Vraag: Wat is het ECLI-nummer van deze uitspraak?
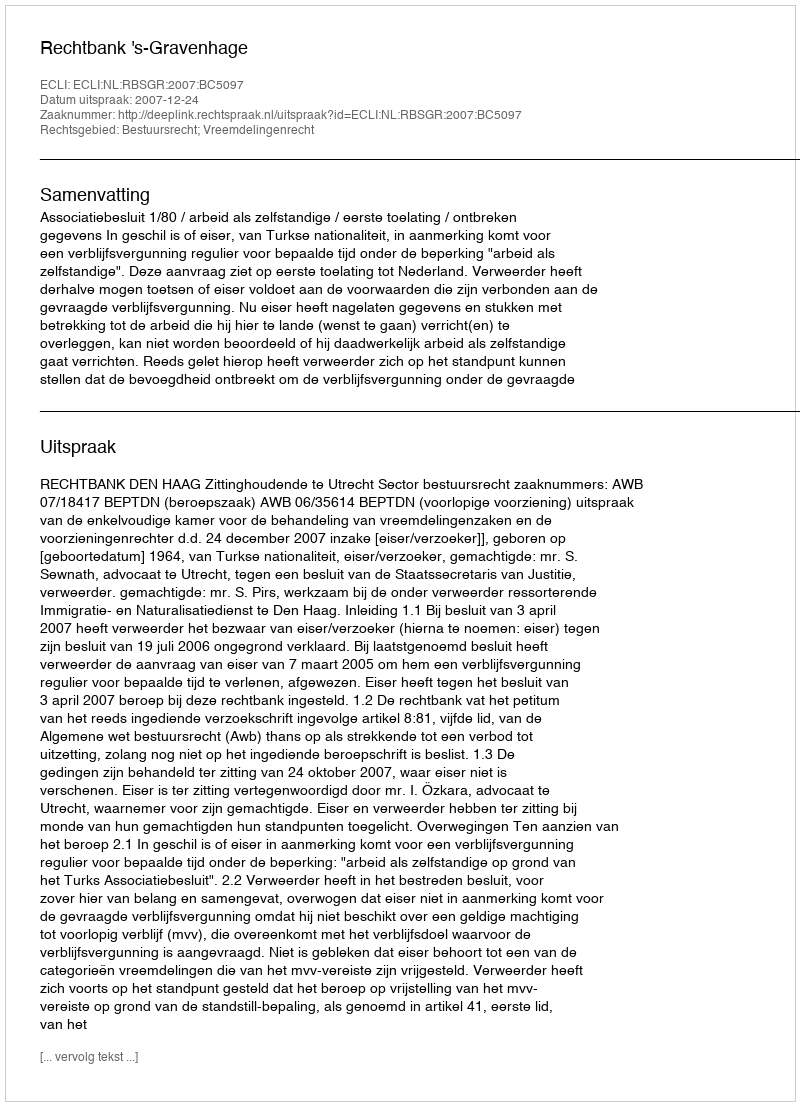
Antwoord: ECLI:NL:RBSGR:2007:BC5097